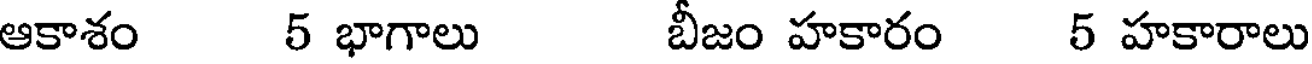
ఆకాశం 5 భాగాలు బీజం హకారం 5 హకారాలు